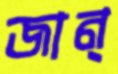
জান্